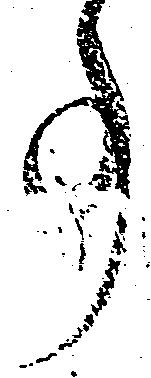
事